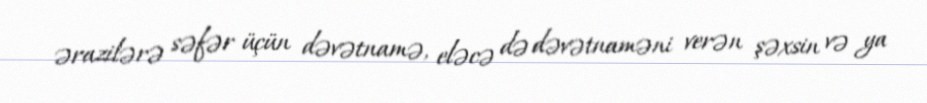
ərazilərə səfər üçün dəvətnamə, eləcə də dəvətnaməni verən şəxsin və ya